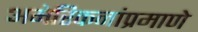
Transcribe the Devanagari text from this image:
अमेरिकनांप्रमाणे